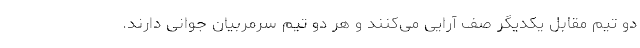
دو تیم مقابل یکدیگر صف آرایی می‌کنند و هر دو تیم سرمربیان جوانی دارند.